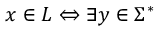
x \in L \Leftrightarrow \exists y \in \Sigma ^ { * }